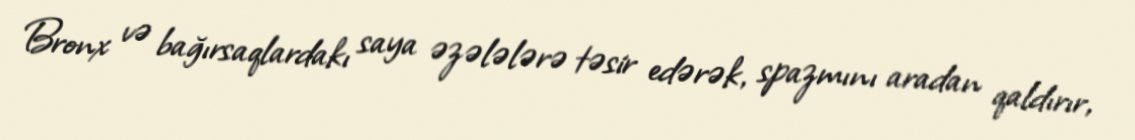
Bronx və bağırsaqlardakı saya əzələlərə təsir edərək, spazmını aradan qaldırır,